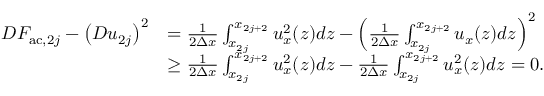
\begin{array} { r l } { D F _ { \mathrm { a c } , 2 j } - \left( D u _ { 2 j } \right) ^ { 2 } } & { = \frac { 1 } { 2 \Delta x } \int _ { x _ { 2 j } } ^ { x _ { 2 j + 2 } } u _ { x } ^ { 2 } ( z ) d z - \left( \frac { 1 } { 2 \Delta x } \int _ { x _ { 2 j } } ^ { x _ { 2 j + 2 } } u _ { x } ( z ) d z \right) ^ { 2 } } \\ & { \geq \frac { 1 } { 2 \Delta x } \int _ { x _ { 2 j } } ^ { x _ { 2 j + 2 } } u _ { x } ^ { 2 } ( z ) d z - \frac { 1 } { 2 \Delta x } \int _ { x _ { 2 j } } ^ { x _ { 2 j + 2 } } u _ { x } ^ { 2 } ( z ) d z = 0 . } \end{array}